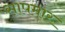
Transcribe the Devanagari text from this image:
सापमार